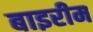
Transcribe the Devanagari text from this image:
बाइरीम